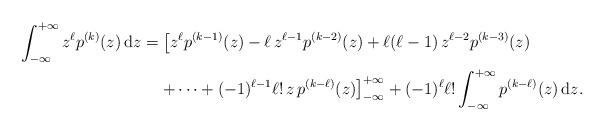
LaTeX: \begin{align*}\int_{-\infty}^{+\infty} z^{\ell} p^{(k)}(z)\,\mathrm{d}z&=\left[z^{\ell} p^{(k-1)}(z)-\ell\,z^{\ell-1} p^{(k-2)}(z)+\ell(\ell-1)\,z^{\ell-2} p^{(k-3)}(z)\right.\\&\hphantom{=\;}\left.+\dots+(-1)^{\ell-1}\ell !\,z\,p^{(k-\ell)}(z)\right]_{-\infty}^{+\infty}+(-1)^{\ell}\ell!\int_{-\infty}^{+\infty} p^{(k-\ell)}(z)\,\mathrm{d}z.\end{align*}